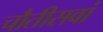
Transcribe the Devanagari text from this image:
चौतीसवां